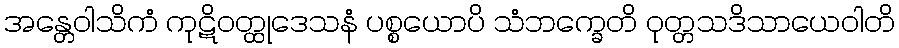
အန္တေဝါသိကံ ကုဋိဝတ္ထုဒေသနံ ပစ္စယောပိ သံဘက္ခေတိ ဝုတ္တသဒိသာယေဝါတိ